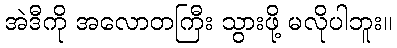
အဲဒီကို အလောတကြီး သွားဖို့ မလိုပါဘူး။